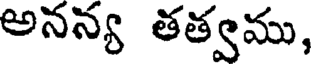
అనన్య తత్వము,